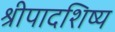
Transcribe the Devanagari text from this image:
श्रीपादशिष्य